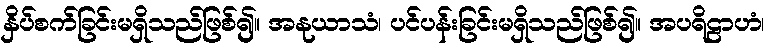
နှိပ်စက်ခြင်းမရှိသည်ဖြစ်၍။ အနုယာသံ၊ ပင်ပန်းခြင်းမရှိသည်ဖြစ်၍။ အပရိဠာဟံ၊